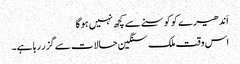
اَندھیر ے کو کوسنے سے کچھ نہیں ہوگا
اس وقت ملک سنگین حالات سے گزر رہا ہے۔